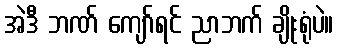
အဲဒီ ဘဏ် ကျော်ရင် ညာဘက် ချိုးရုံပဲ။